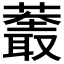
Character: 𱾬